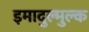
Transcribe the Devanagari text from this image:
इमादुल्मुल्क